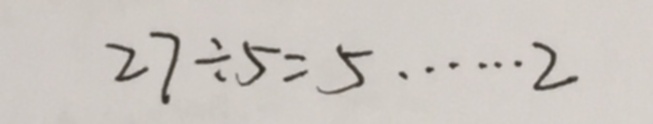
2 7 \div 5 = 5 \cdots 2